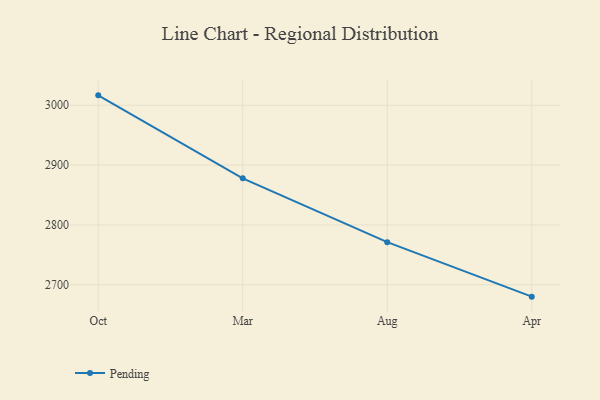
{"axis": {"x": "Month", "y": "Population (Million)"}, "legend": ["Pending"], "data": [{"x": "Oct", "y": 3016.5, "type": "Pending"}, {"x": "Mar", "y": 2877.9, "type": "Pending"}, {"x": "Aug", "y": 2771.2, "type": "Pending"}, {"x": "Apr", "y": 2680.1, "type": "Pending"}]}